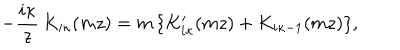
- \frac { i \kappa } { z } \, K _ { i \kappa } ( m z ) = m \, \{ K _ { i \kappa } ^ { \prime } ( m z ) + K _ { i \kappa - 1 } ( m z ) \} ,